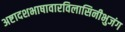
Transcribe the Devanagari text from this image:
अष्टादशभाषावारविलासिनीभुजंग